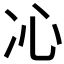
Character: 𠖶